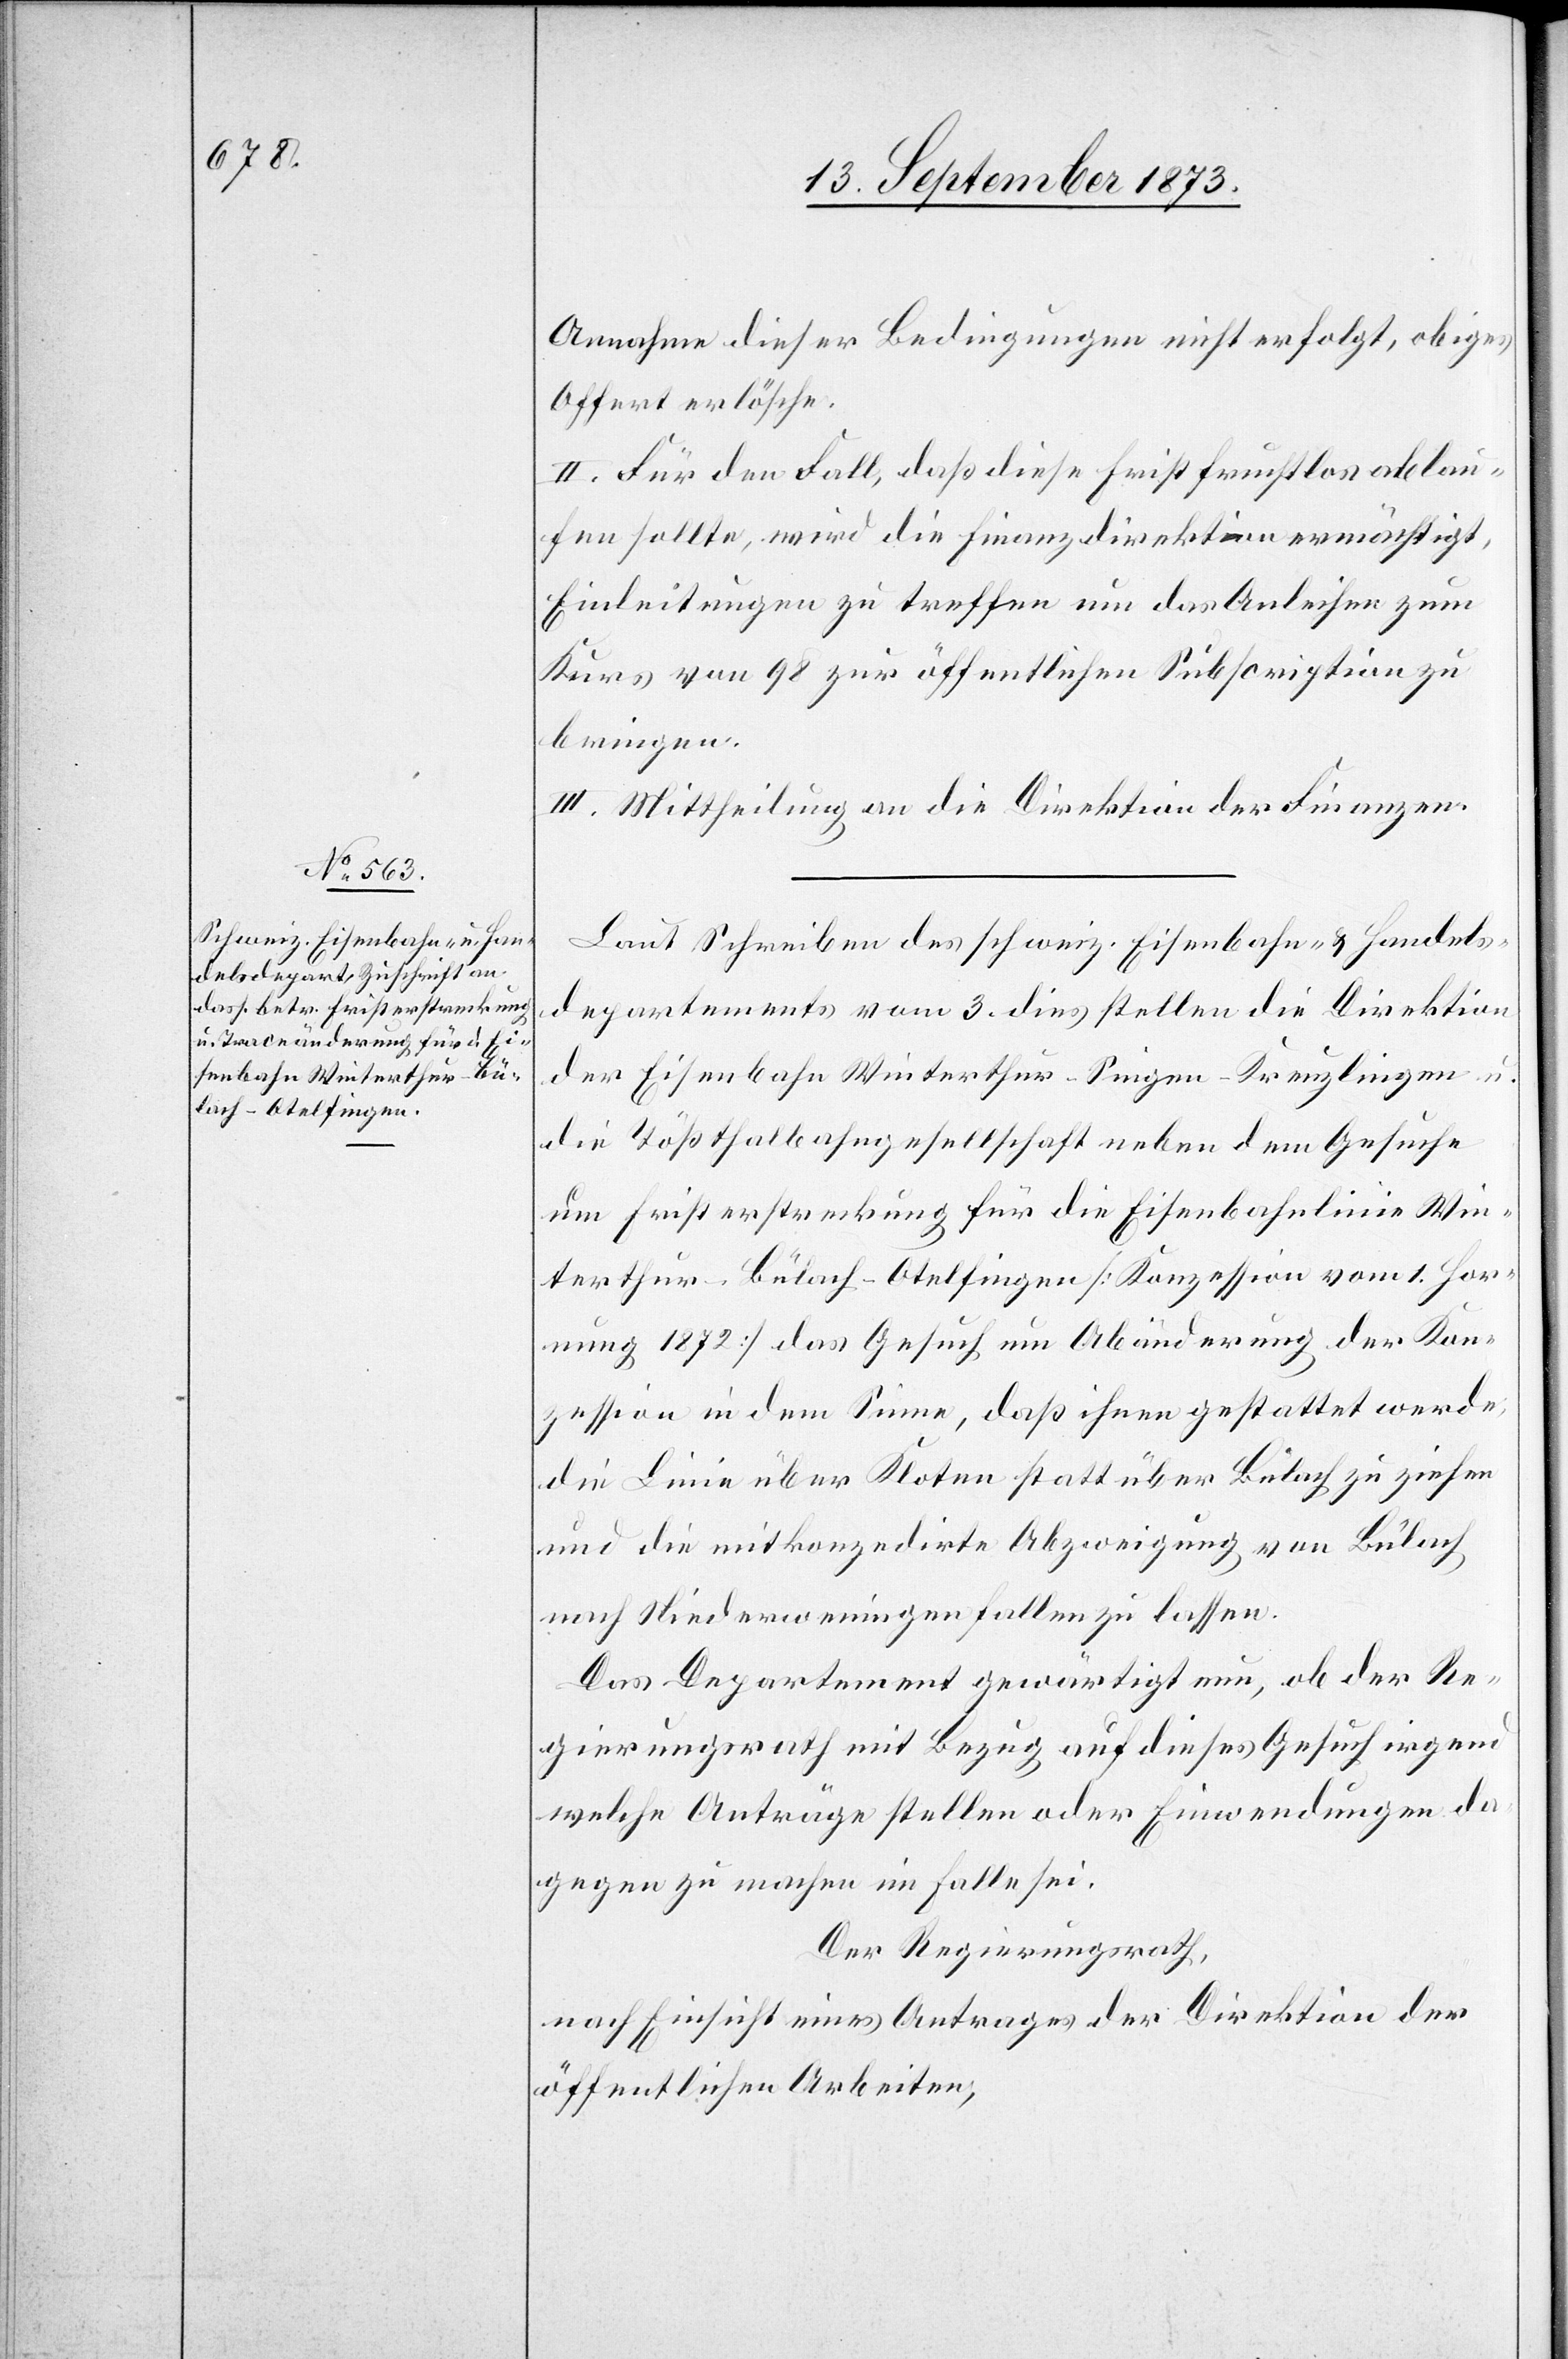
Annahme dieser Bedingungen nicht erfolgt, obiges
Offert erlösche.
II. Für den Fall, daß diese Frist fruchtlos ablau¬
fen sollte, wird die Finanzdirektion ermächtigt,
Einleitungen zu treffen um das Anleihen zum
Kurs von 98 zur öffentlichen Subscription zu
bringen.
III. Mittheilung an die Direktion der Finanzen.
Laut Schreiben des schweiz. Eisenbahn- & Handels¬
departements vom 3. dies stellen die Direktion
der Eisenbahn Winterthur–Singen–Kreuzlingen
die Tößthalbahngesellschaft neben dem Gesuche
um Fristerstreckung für die Eisenbahnlinie Win¬
terthur–Bülach–Otelfingen [Konzession vom 1. Hor¬
nung 1872] das Gesuch um Abänderung der Kon¬
zession in dem Sinne, daß ihnen gestattet werde,
die Linie über Kloten statt über Bülach zu ziehen
und die mitkonzedirte Abzweigung von Bülach
nach Niederweningen fallen zu lassen.
Das Departement gewärtigt nun, ob der Re¬
gierungsrath mit Bezug auf dieses Gesuch irgend
welche Anträge stellen oder Einwendungen da¬
gegen zu machen im Falle sei.
Der Regierungsrath,
nach Einsicht eines Antrages der Direktion der
öffentlichen Arbeiten,